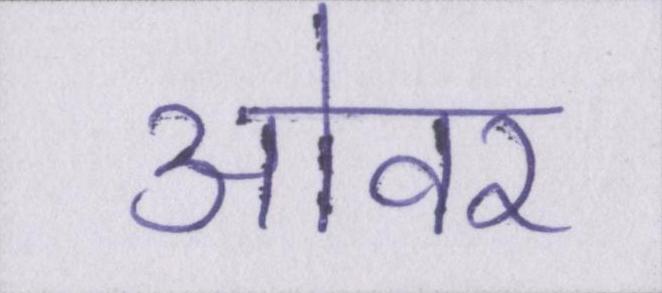
ओवर